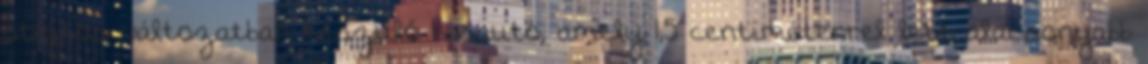
ötajtós változatban készülő kisautó, amely 1,5 centiméterrel lett alacsonyabb